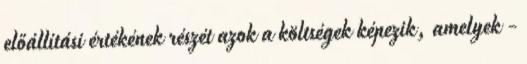
előállítási értékének részét azok a költségek képezik, amelyek -